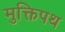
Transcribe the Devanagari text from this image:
मुक्तिपथ